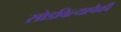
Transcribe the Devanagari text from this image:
सोडविल्यापैकी